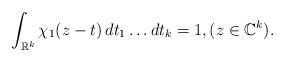
LaTeX: \begin{align*} \int_{\mathbb{R}^k} \chi_1(z-t) \, dt_1\dots dt_k = 1, (z\in \mathbb{C}^k).\end{align*}